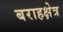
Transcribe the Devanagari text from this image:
बराहक्षेत्र